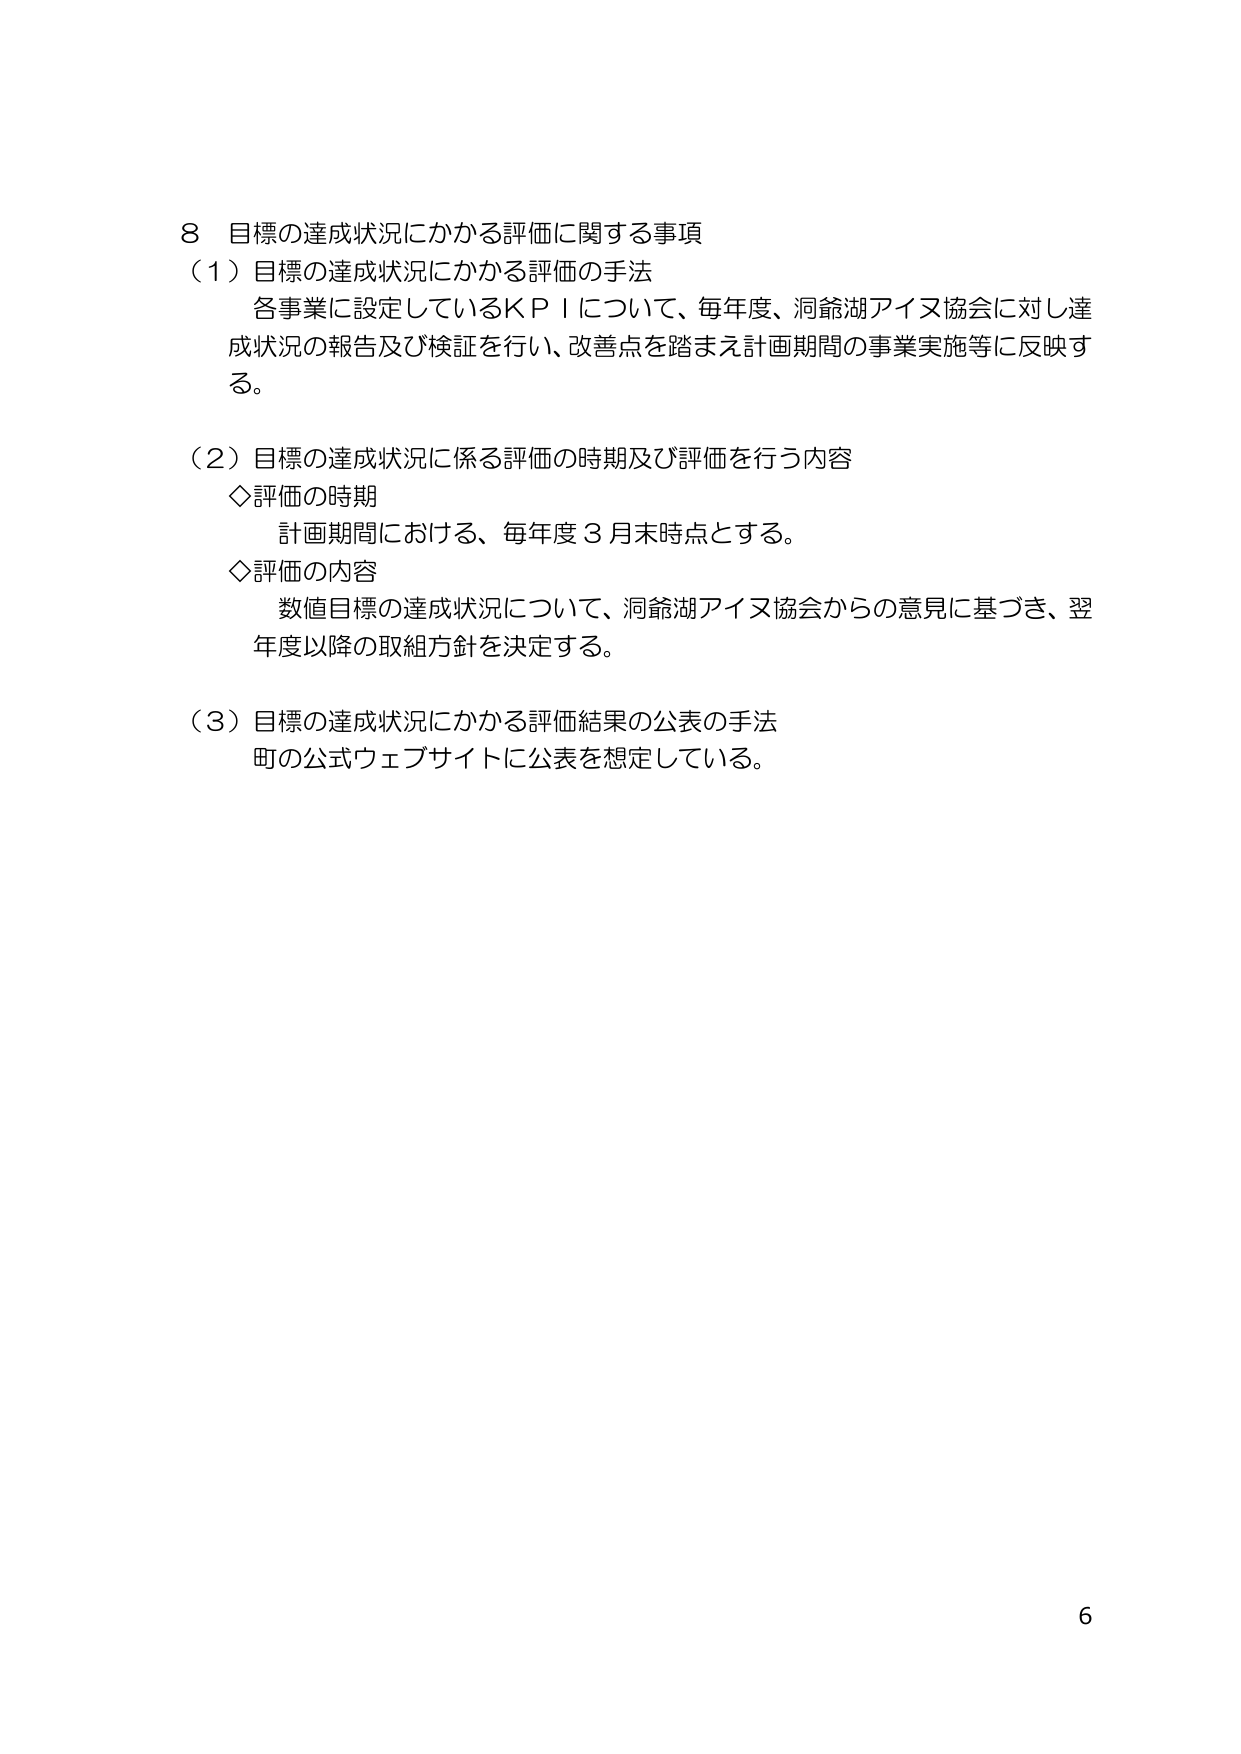
8 目標の達成状況にかかる評価に関する事項
（1）目標の達成状況にかかる評価の手法
各事業に設定しているＫＰＩについて、毎年度、洞爺湖アイヌ協会に対し達成状況の報告及び検証を行い、改善点を踏まえ計画期間の事業実施等に反映する。

（2）目標の達成状況に係る評価の時期及び評価を行う内容
◇評価の時期
計画期間における、毎年度３月末時点とする。
◇評価の内容
数値目標の達成状況について、洞爺湖アイヌ協会からの意見に基づき、翌年度以降の取組方針を決定する。

（3）目標の達成状況にかかる評価結果の公表の手法
町の公式ウェブサイトに公表を想定している。

6